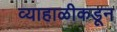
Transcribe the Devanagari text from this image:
व्याहाळीकडून